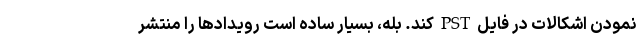
نمودن اشکالات در فایل PST کند. بله، بسیار ساده است رویدادها را منتشر